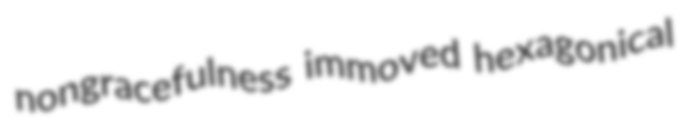
nongracefulness immoved hexagonical